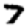
Digit: 7